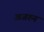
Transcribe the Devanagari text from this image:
अजरुन